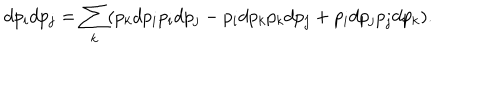
LaTeX: d p _ { i } d p _ { j } = \sum _ { k } ( p _ { k } d p _ { i } p _ { i } d p _ { j } - p _ { i } d p _ { k } p _ { k } d p _ { j } + p _ { i } d p _ { j } p _ { j } d p _ { k } ) .